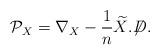
LaTeX: \begin{align*}{\cal{P}}_X=\nabla_X-\frac{1}{n}\widetilde{X}.\displaystyle{\not}D.\end{align*}